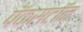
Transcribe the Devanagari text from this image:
पॅक्सटॉन